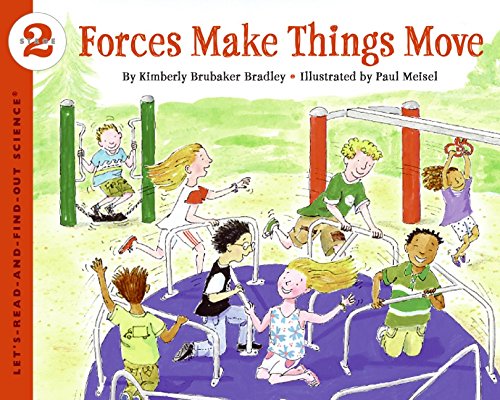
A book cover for Forces Make Things Move (Let's-Read-and-Find-Out Science 2); Kimberly Brubaker Bradley; Children's Books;